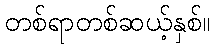
တစ်ရာတစ်ဆယ့်နှစ်။